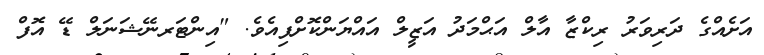
އަށެއްގެ ދަރިވަރު ރިކްޒާ އާލް އަޙްމަދު އަޒީލް އައްޔަންކޮށްފިއެވެ. "އިންޓަރނޭޝަނަލް ޑޭ އޮފް